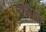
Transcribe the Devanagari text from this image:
लोसादा